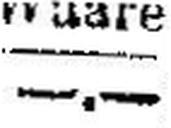
—.—